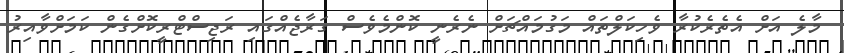
މާލެ އަށް އެތެެރެކުރާ ވެހިކަލްތައް މަގުމައްޗަަށް ނެރެނީ ކޮންމެވެސް ގަރާޖެއްގައި ރަޖިސްޓްރީކޮށްގެން ކަމަށްވާއިރު